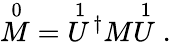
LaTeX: {\stackrel{0}{M}}={\stackrel{1}{U}\! ^{\dagger}}M{\stackrel{1}{U}}\; .